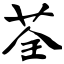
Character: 荃